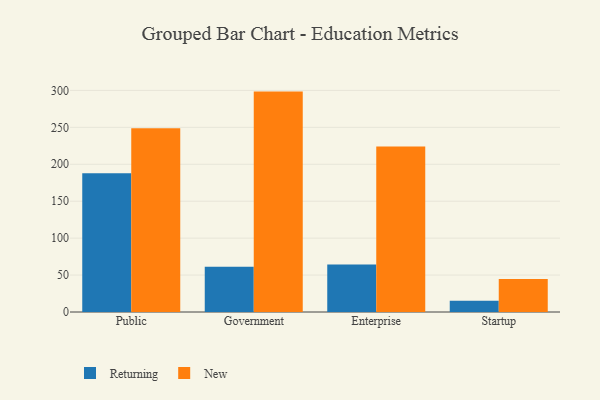
{"axis": {"x": "Segment", "y": "Website Visitors"}, "legend": ["New", "Returning"], "data": [{"x": "Public", "y": 187.7, "type": "Returning"}, {"x": "Public", "y": 248.8, "type": "New"}, {"x": "Government", "y": 61.4, "type": "Returning"}, {"x": "Government", "y": 298.4, "type": "New"}, {"x": "Enterprise", "y": 64.4, "type": "Returning"}, {"x": "Enterprise", "y": 224.2, "type": "New"}, {"x": "Startup", "y": 15.1, "type": "Returning"}, {"x": "Startup", "y": 44.6, "type": "New"}]}